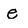
Character: e